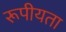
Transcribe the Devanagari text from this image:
रूपीयता